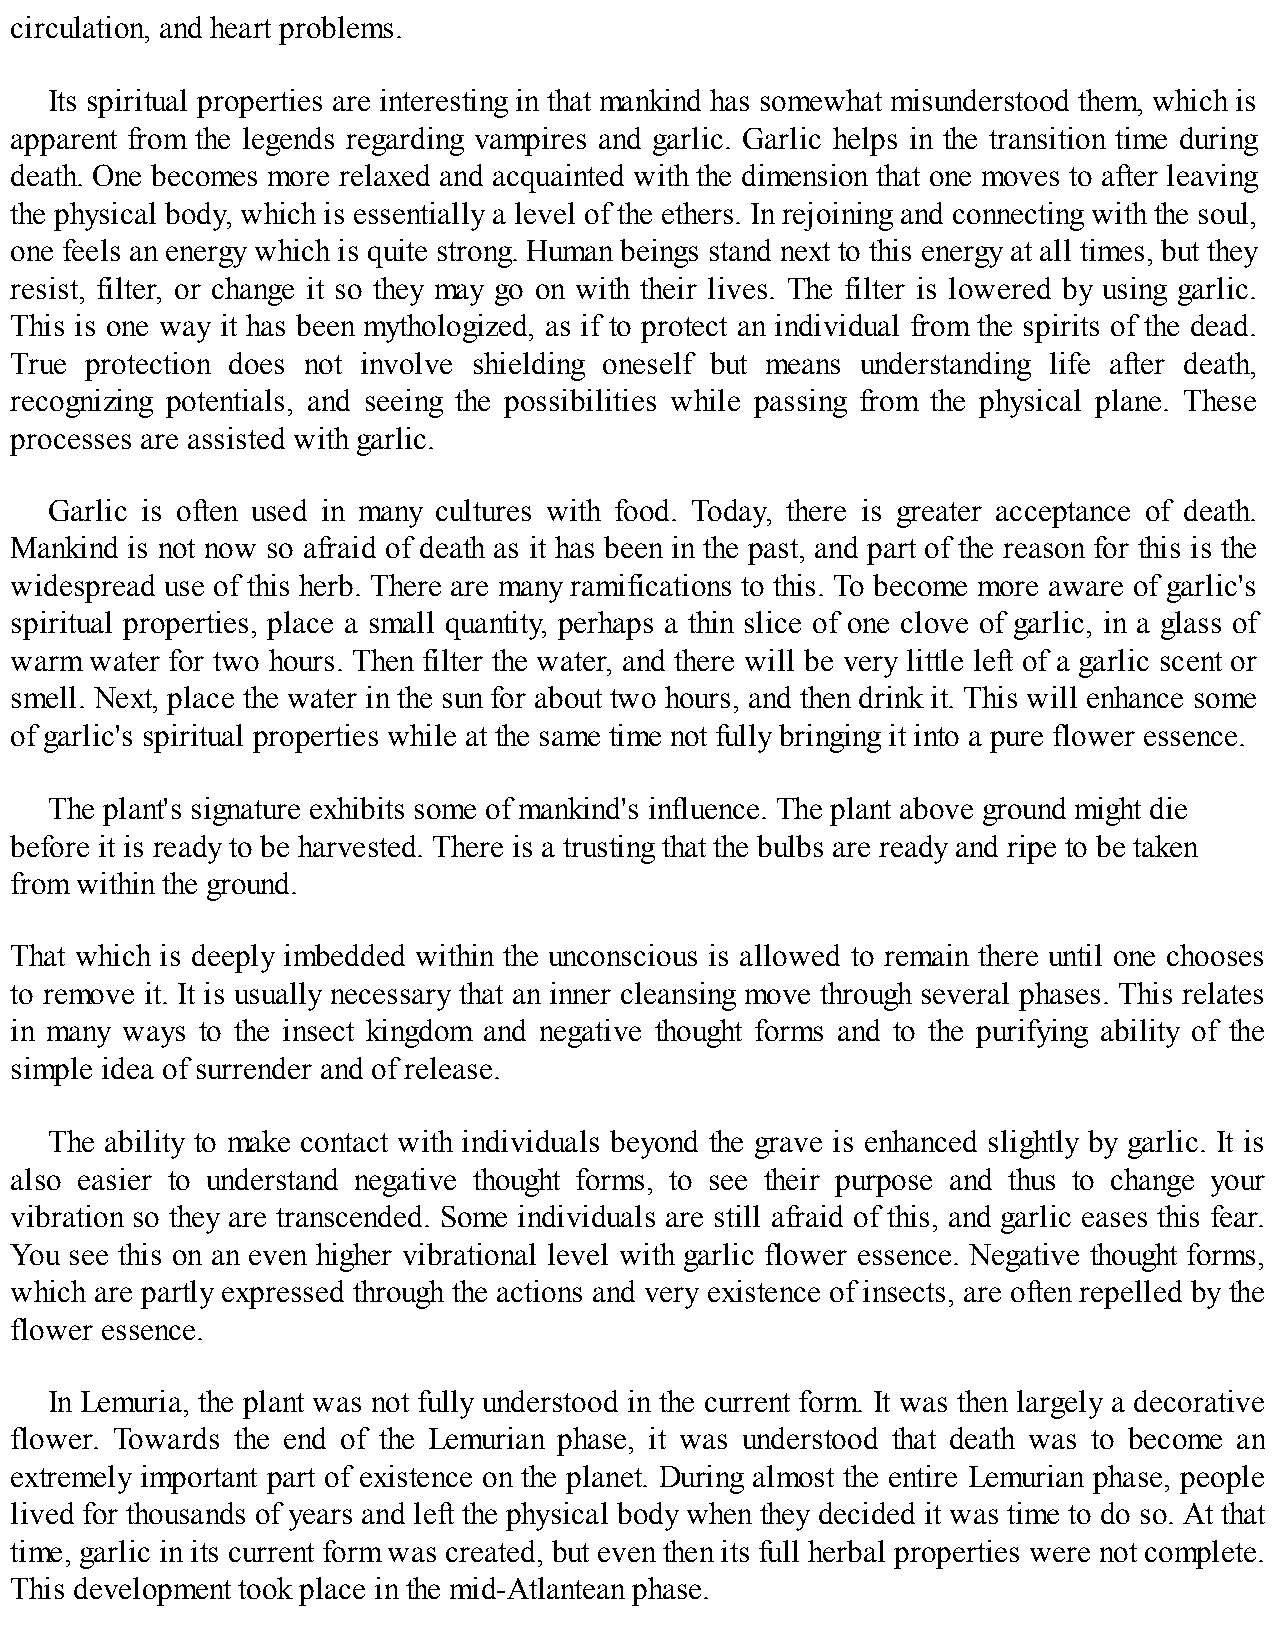
circulation, and heart problems.
 Its spiritual properties are interesting in that mankind has somewhat misunderstood them, which is
 apparent from the legends regarding vampires and garlic. Garlic helps in the transition time during
 death. One becomes more relaxed and acquainted with the dimension that one moves to after leaving
 the physical body, which is essentially a level of the ethers. In rejoining and connecting with the soul,
 one feels an energy which is quite strong. Human beings stand next to this energy at all times, but they
 resist, filter, or change it so they may go on with their lives. The filter is lowered by using garlic.
 This is one way it has been mythologized, as if to protect an individual from the spirits of the dead.
 True protection does not involve shielding oneself but means understanding life after death,
 recognizing potentials, and seeing the possibilities while passing from the physical plane. These
 processes are assisted with garlic.
 Garlic is often used in many cultures with food. Today, there is greater acceptance of death.
 Mankind is not now so afraid of death as it has been in the past, and part of the reason for this is the
 widespread use of this herb. There are many ramifications to this. To become more aware of garlic's
 spiritual properties, place a small quantity, perhaps a thin slice of one clove of garlic, in a glass of
 warm water for two hours. Then filter the water, and there will be very little left of a garlic scent or
 smell. Next, place the water in the sun for about two hours, and then drink it. This will enhance some
 of garlic's spiritual properties while at the same time not fully bringing it into a pure flower essence.
 The plant's signature exhibits some of mankind's influence. The plant above ground might die
 before it is ready to be harvested. There is a trusting that the bulbs are ready and ripe to be taken
 from within the ground.
 That which is deeply imbedded within the unconscious is allowed to remain there until one chooses
 to remove it. It is usually necessary that an inner cleansing move through several phases. This relates
 in many ways to the insect kingdom and negative thought forms and to the purifying ability of the
 simple idea of surrender and of release.
 The ability to make contact with individuals beyond the grave is enhanced slightly by garlic. It is
 also easier to understand negative thought forms, to see their purpose and thus to change your
 vibration so they are transcended. Some individuals are still afraid of this, and garlic eases this fear.
 You see this on an even higher vibrational level with garlic flower essence. Negative thought forms,
 which are partly expressed through the actions and very existence of insects, are often repelled by the
 flower essence.
 In Lemuria, the plant was not fully understood in the current form. It was then largely a decorative
 flower. Towards the end of the Lemurian phase, it was understood that death was to become an
 extremely important part of existence on the planet. During almost the entire Lemurian phase, people
 lived for thousands of years and left the physical body when they decided it was time to do so. At that
 time, garlic in its current form was created, but even then its full herbal properties were not complete.
 This development took place in the mid-Atlantean phase.